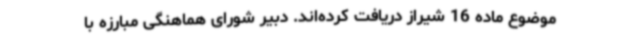
موضوع ماده 16 شیراز دریافت کرده‌اند. دبیر شورای هماهنگی مبارزه با